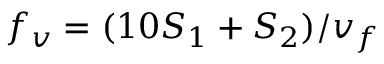
f _ { v } = ( 1 0 S _ { 1 } + S _ { 2 } ) / v _ { f }